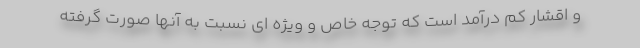
و اقشار کم درآمد است که توجه خاص و ویژه ای نسبت به آنها صورت گرفته